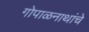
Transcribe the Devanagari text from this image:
गोपाळनाथांचे